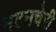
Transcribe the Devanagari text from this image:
मटनचेरी